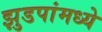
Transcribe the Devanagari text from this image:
झुडपांमध्ये